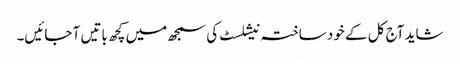
شاید آج کل کے خود ساختہ نیشلسٹ کی سمجھ میں کچھ باتیں آ جائیں۔